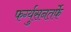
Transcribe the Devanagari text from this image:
फर्ग्युसनतर्फे